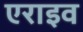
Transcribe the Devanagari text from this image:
एराइव